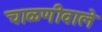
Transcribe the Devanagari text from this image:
चाळणीवाले